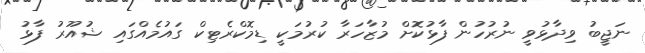
ނަޖީބު ވިދާޅުވީ ނުރުހުން ފާޅުކޮށް މުޒާހަރާ ކުރުމަކީ ޑިމޮކްރެޓިކް ގައުމެއްގައި ޝުއޫރު ފާޅު